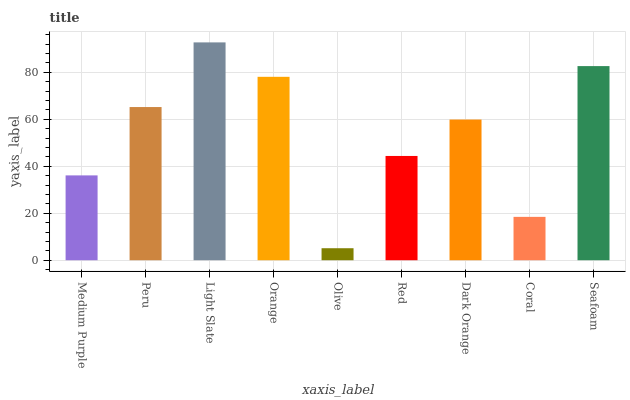
| xaxis_label | bars |
 | --- | --- |
 | Medium Purple | 36.1 |
 | Peru | 65.2 |
 | Light Slate | 92.7 |
 | Orange | 78.1 |
 | Olive | 5.11 |
 | Red | 44.4 |
 | Dark Orange | 59.9 |
 | Coral | 18.5 |
 | Seafoam | 82.6 |